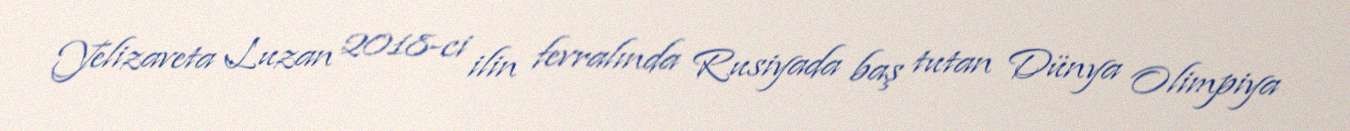
Yelizaveta Luzan 2018-ci ilin fevralında Rusiyada baş tutan Dünya Olimpiya